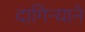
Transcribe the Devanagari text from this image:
दागिन्याने